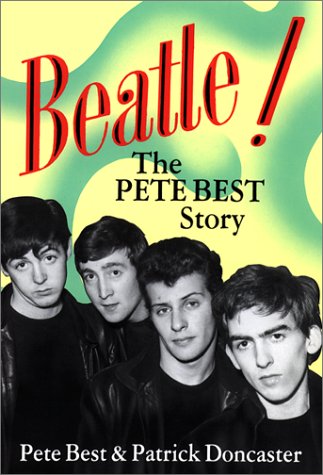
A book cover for Beatle!: The Pete Best Story; Pete Best; Humor & Entertainment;